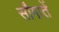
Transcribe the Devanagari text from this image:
सौगातें